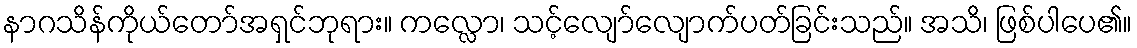
နာဂသိန်ကိုယ်တော်အရှင်ဘုရား။ ကလ္လော၊ သင့်လျော်လျောက်ပတ်ခြင်းသည်။ အသိ၊ ဖြစ်ပါပေ၏။